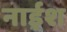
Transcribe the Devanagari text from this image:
नाईश